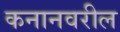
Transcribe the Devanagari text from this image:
कनानवरील